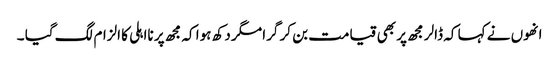
انھوں نے کہا کہ ڈالر مجھ پر بھی قیامت بن کر گرا مگر دکھ ہوا کہ مجھ پر نااہلی کا الزام لگ گیا ۔